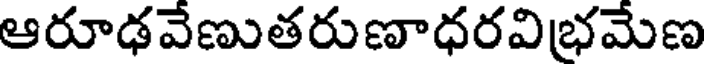
ఆరూఢవేణుతరుణాధరవిభమేణ